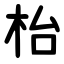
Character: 枱